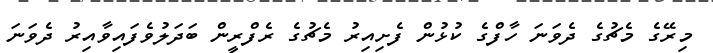
މިރޭގެ މެޗުގެ ދެވަނަ ހާފްގެ ކުޅުން ފެށިއިރު މެޗުގެ ރެފްރީން ބަދަލުވެފައިވާއިރު ދެވަނަ